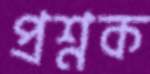
প্রশ্নক